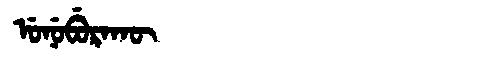
Manchu: ᡠᠨᡠᠪᡠᡵᠠᡴᡡ
Romanization: UNUBURAKŪ